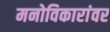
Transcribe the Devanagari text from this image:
मनोविकारांवर